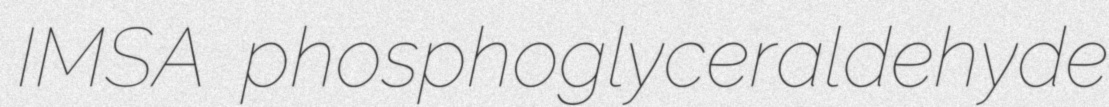
IMSA phosphoglyceraldehyde